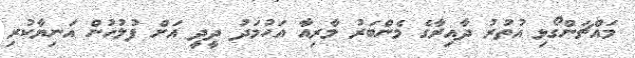
މައްޗަންގޯޅި އުތުރު ދާއިރާގެ މެންބަރު މާރިއާ އަހުމަދު ދީދީ އަށް ފުލުހުން އަނިޔާކުރި